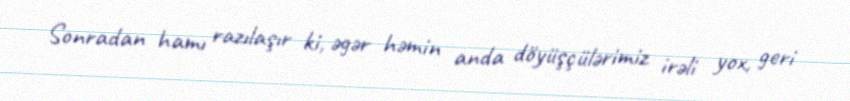
Sonradan hamı razılaşır ki, əgər həmin anda döyüşçülərimiz irəli yox, geri